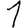
Digit: 1